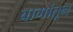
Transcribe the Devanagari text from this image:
बागांतून